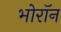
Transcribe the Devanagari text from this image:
भोरॉन